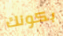
بكونك